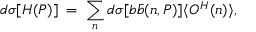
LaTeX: d \sigma [ H ( P ) ] \; = \; \sum _ { n } d \sigma [ b \bar { b } ( n , P ) ] \langle O ^ { H } ( n ) \rangle ,